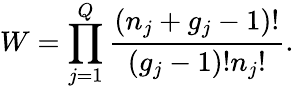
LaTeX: W=\prod_{j=1}^{Q}\frac{(n_{j}+g_{j}-1)!}{(g_{j}-1)!n_{j}!}.